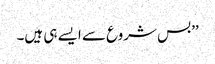
’’بس شروع سے ایسے ہی ہیں۔